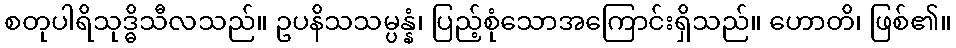
စတုပါရိသုဒ္ဓိသီလသည်။ ဥပနိသသမ္ပန္နံ၊ ပြည့်စုံသောအကြောင်းရှိသည်။ ဟောတိ၊ ဖြစ်၏။